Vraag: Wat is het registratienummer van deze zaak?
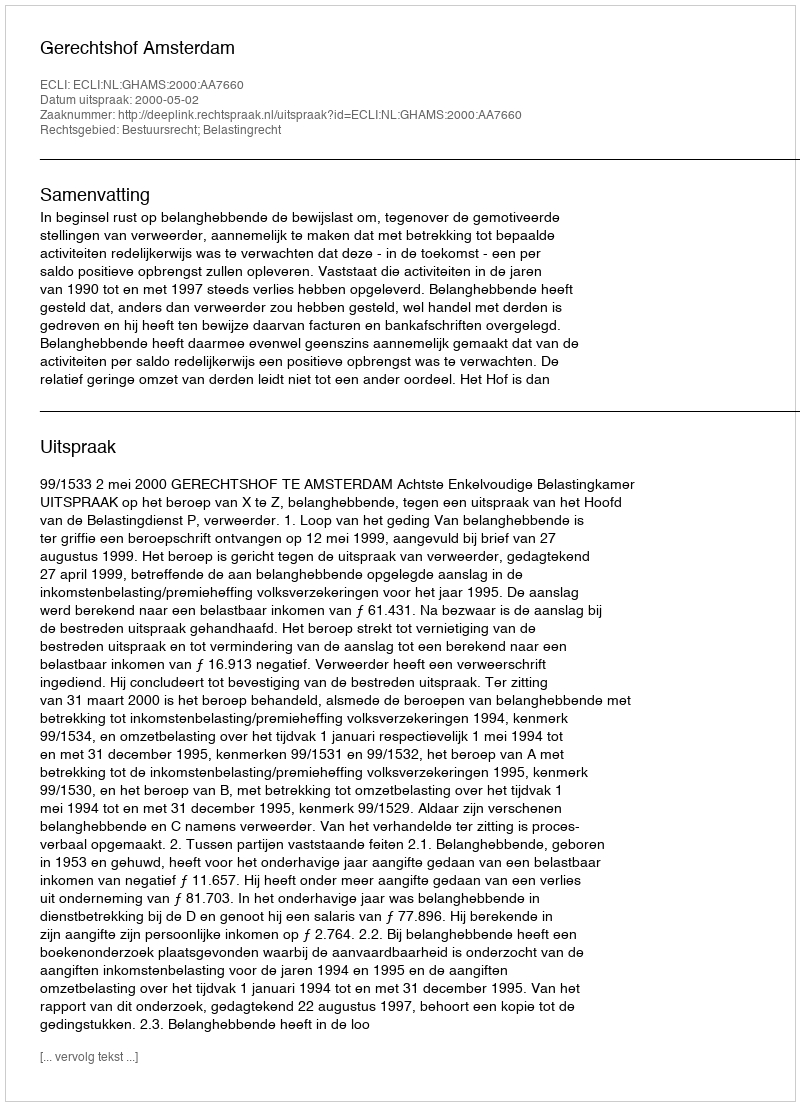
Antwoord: http://deeplink.rechtspraak.nl/uitspraak?id=ECLI:NL:GHAMS:2000:AA7660